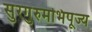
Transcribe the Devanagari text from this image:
सुरगुरुमभिपूज्य